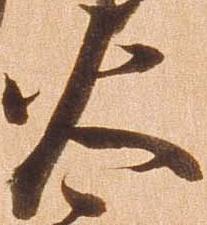
火